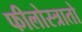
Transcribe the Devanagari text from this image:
फीलोस्त्रातो